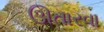
ઊતારવા